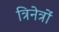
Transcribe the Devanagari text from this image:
त्रिनेत्रों